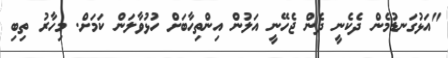
"އަޅުގަނޑުމެން ދެކެނީ ދެން ޖެހޭނީ އަލުން އިންތިހާބަށް ހުޅުވާލަން ކަމަށް. މިހާރު ތިިބި